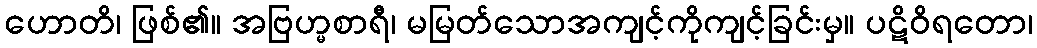
ဟောတိ၊ ဖြစ်၏။ အဗြဟ္မစာရီ၊ မမြတ်သောအကျင့်ကိုကျင့်ခြင်းမှ။ ပဋိဝိရတော၊